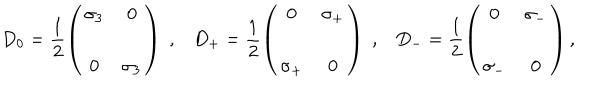
D _ { 0 } = \frac { 1 } { 2 } \left( \begin{array} { c c } { { \sigma _ { 3 } } } & { { 0 } } \\ { { 0 } } & { { \sigma _ { 3 } } } \\ \end{array} \right) \; , D _ { + } = \frac { 1 } { 2 } \left( \begin{array} { c c } { { 0 } } & { { \sigma _ { + } } } \\ { { \sigma _ { + } } } & { { 0 } } \\ \end{array} \right) \; , D _ { - } = \frac { 1 } { 2 } \left( \begin{array} { c c } { { 0 } } & { { \sigma _ { - } } } \\ { { \sigma _ { - } } } & { { 0 } } \\ \end{array} \right) ,